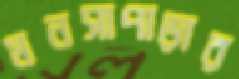
মনসাপাড়ার